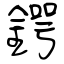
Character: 鍔